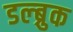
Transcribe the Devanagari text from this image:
डल्ब्रुक